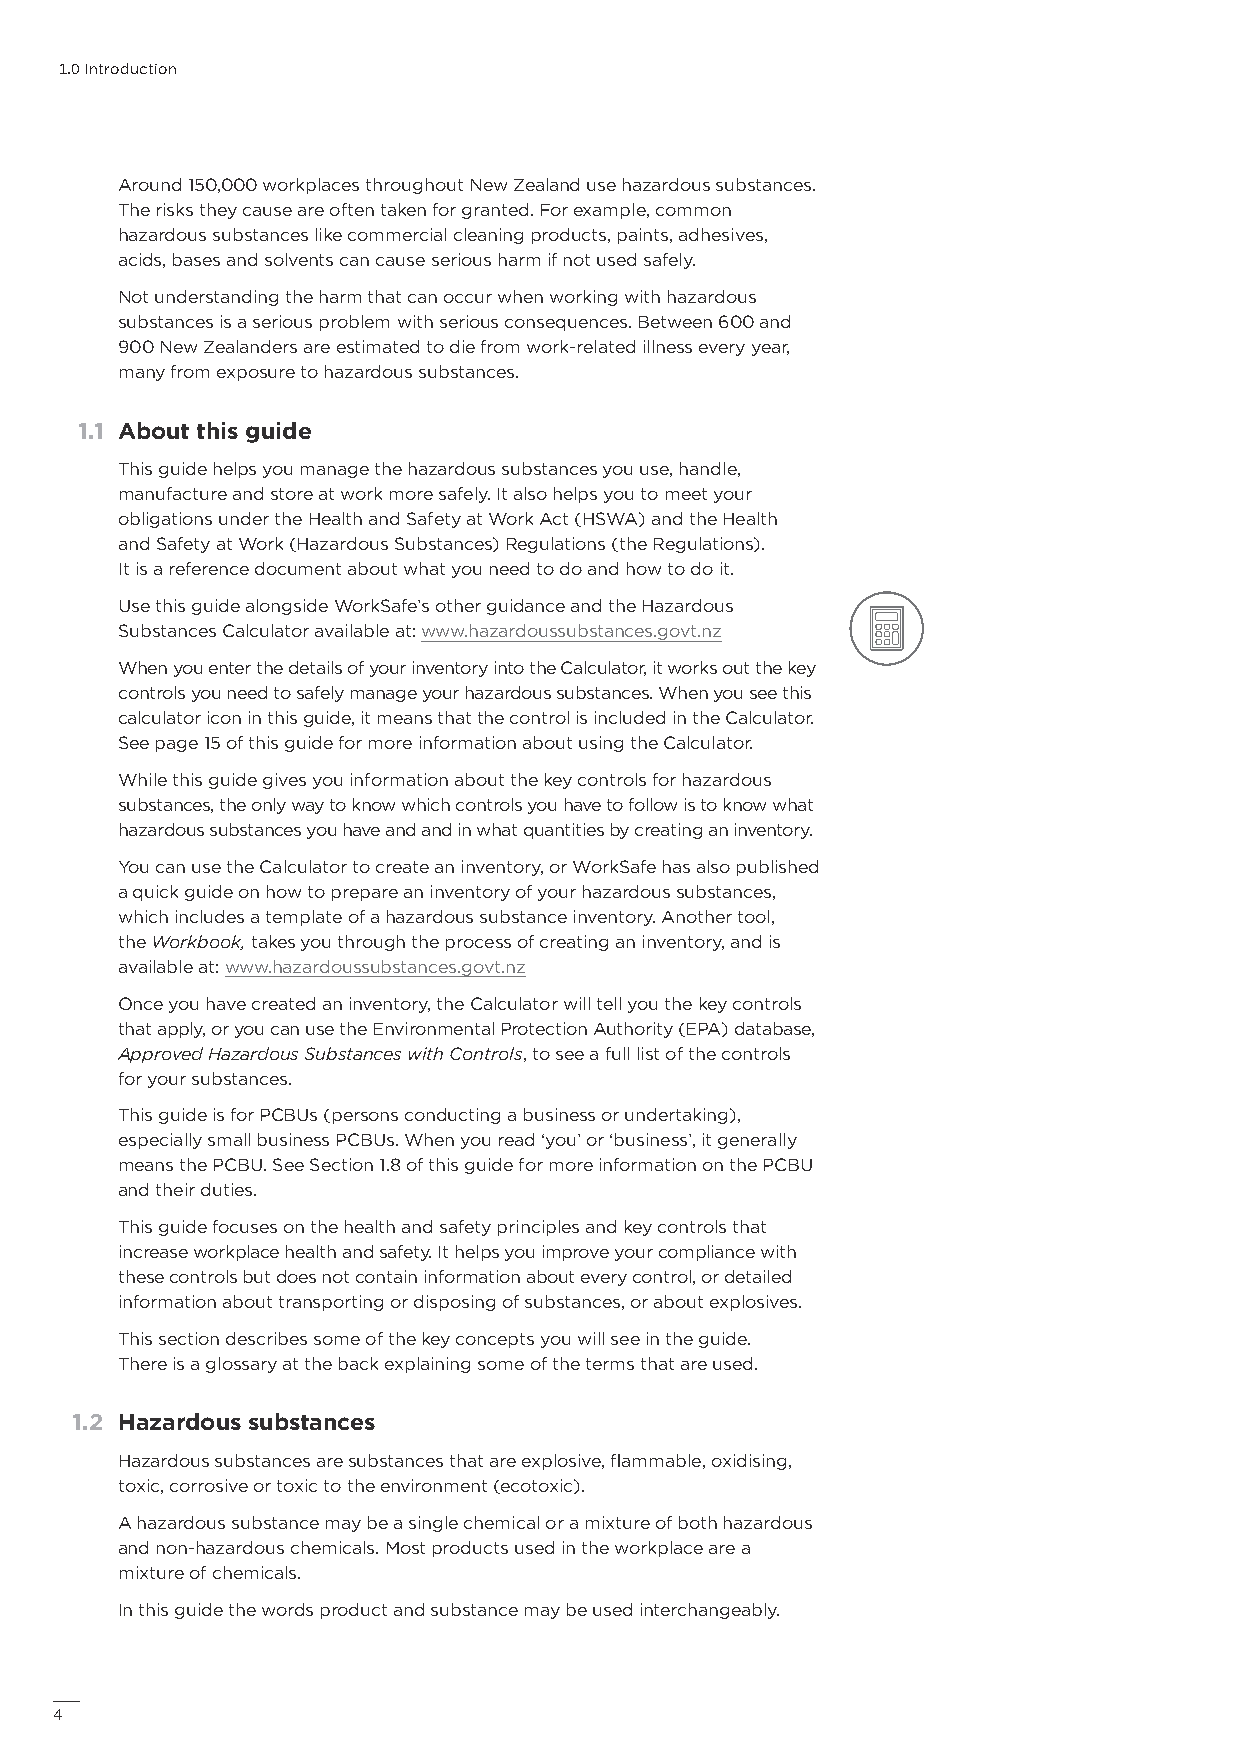
1.0 Introduction
 Around 150,000 workplaces throughout New Zealand use hazardous substances.
 The risks they cause are often taken for granted. For example, common
 hazardous substances like commercial cleaning products, paints, adhesives,
 acids, bases and solvents can cause serious harm if not used safely.
 Not understanding the harm that can occur when working with hazardous
 substances is a serious problem with serious consequences. Between 600 and
 900 New Zealanders are estimated to die from work-related illness every year,
 many from exposure to hazardous substances.
 1.1 About this guide
 This guide helps you manage the hazardous substances you use, handle,
 manufacture and store at work more safely. It also helps you to meet your
 obligations under the Health and Safety at Work Act (HSWA) and the Health
 and Safety at Work (Hazardous Substances) Regulations (the Regulations).
 It is a reference document about what you need to do and how to do it.
 Use this guide alongside WorkSafe’s other guidance and the Hazardous
 Substances Calculator available at: www.hazardoussubstances.govt.nz
 When you enter the details of your inventory into the Calculator, it works out the key
 controls you need to safely manage your hazardous substances. When you see this
 calculator icon in this guide, it means that the control is included in the Calculator.
 See page 15 of this guide for more information about using the Calculator.
 While this guide gives you information about the key controls for hazardous
 substances, the only way to know which controls you have to follow is to know what
 hazardous substances you have and and in what quantities by creating an inventory.
 You can use the Calculator to create an inventory, or WorkSafe has also published
 a quick guide on how to prepare an inventory of your hazardous substances,
 which includes a template of a hazardous substance inventory. Another tool,
 the Workbook, takes you through the process of creating an inventory, and is
 available at: www.hazardoussubstances.govt.nz
 Once you have created an inventory, the Calculator will tell you the key controls
 that apply, or you can use the Environmental Protection Authority (EPA) database,
 Approved Hazardous Substances with Controls, to see a full list of the controls
 for your substances.
 This guide is for PCBUs (persons conducting a business or undertaking),
 especially small business PCBUs. When you read ‘you’ or ‘business’, it generally
 means the PCBU. See Section 1.8 of this guide for more information on the PCBU
 and their duties.
 This guide focuses on the health and safety principles and key controls that
 increase workplace health and safety. It helps you improve your compliance with
 these controls but does not contain information about every control, or detailed
 information about transporting or disposing of substances, or about explosives.
 This section describes some of the key concepts you will see in the guide.
 There is a glossary at the back explaining some of the terms that are used.
 1.2 Hazardous substances
 Hazardous substances are substances that are explosive, flammable, oxidising,
 toxic, corrosive or toxic to the environment (ecotoxic).
 A hazardous substance may be a single chemical or a mixture of both hazardous
 and non-hazardous chemicals. Most products used in the workplace are a
 mixture of chemicals.
 In this guide the words product and substance may be used interchangeably.
 4